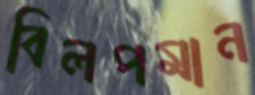
বিলপমান